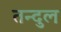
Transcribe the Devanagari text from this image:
तन्दुल